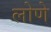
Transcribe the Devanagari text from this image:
लोणे